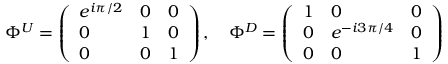
\Phi ^ { U } = \left( \begin{array} { l l l } { { e ^ { i \pi / 2 } } } & { { 0 } } & { { 0 } } \\ { { 0 } } & { { 1 } } & { { 0 } } \\ { { 0 } } & { { 0 } } & { { 1 } } \end{array} \right) , \quad \Phi ^ { D } = \left( \begin{array} { l l l } { { 1 } } & { { 0 } } & { { 0 } } \\ { { 0 } } & { { e ^ { - i 3 \pi / 4 } } } & { { 0 } } \\ { { 0 } } & { { 0 } } & { { 1 } } \end{array} \right)